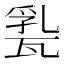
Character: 𤭤